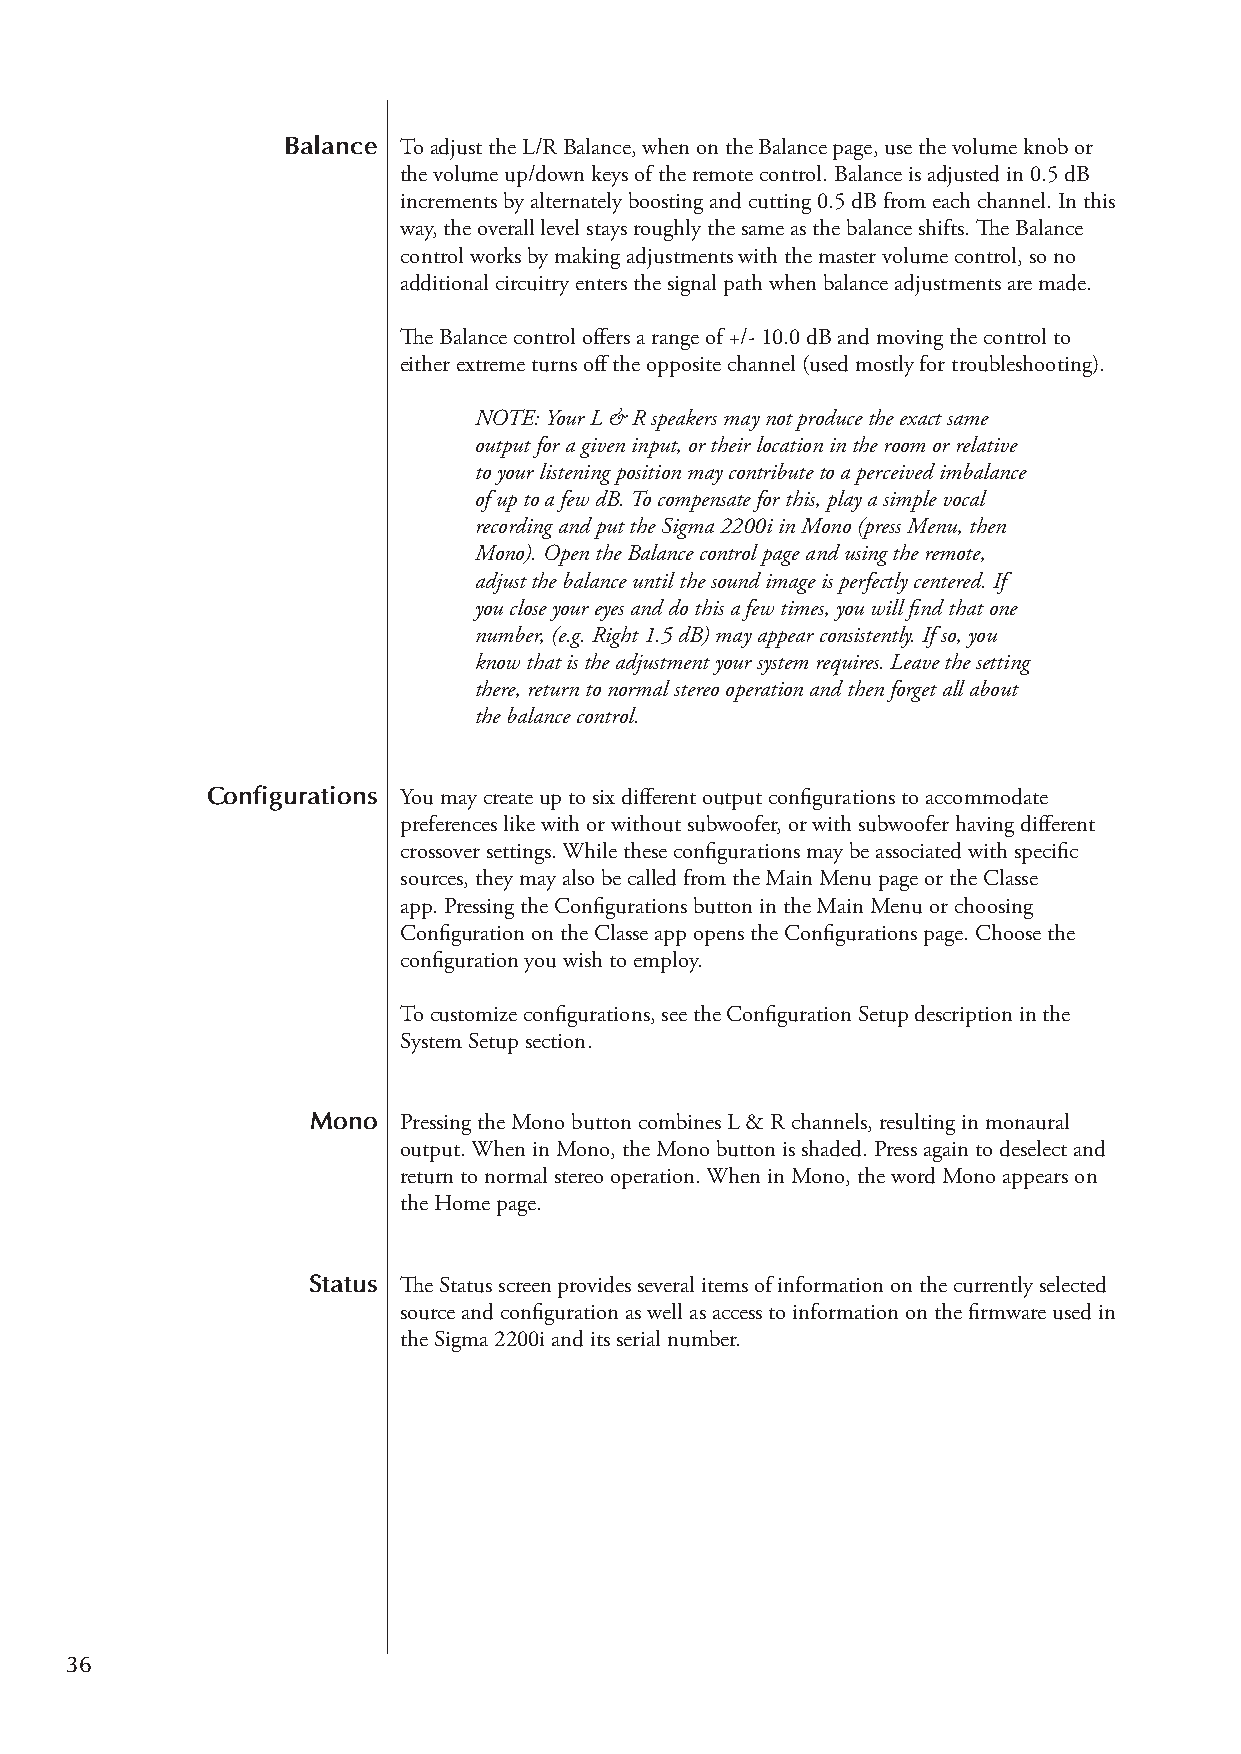
Balance To adjust the L/R Balance, when on the Balance page, use the volume knob or
 the volume up/down keys of the remote control. Balance is adjusted in 0.5 dB
 increments by alternately boosting and cutting 0.5 dB from each channel. In this
 way, the overall level stays roughly the same as the balance shifts. The Balance
 control works by making adjustments with the master volume control, so no
 additional circuitry enters the signal path when balance adjustments are made.
 The Balance control offers a range of +/- 10.0 dB and moving the control to
 either extreme turns off the opposite channel (used mostly for troubleshooting).
 NOTE: Your L & R speakers may not produce the exact same
 output for a given input, or their location in the room or relative
 to your listening position may contribute to a perceived imbalance
 of up to a few dB. To compensate for this, play a simple vocal
 recording and put the Sigma 2200i in Mono (press Menu, then
 Mono). Open the Balance control page and using the remote,
 adjust the balance until the sound image is perfectly centered. If
 you close your eyes and do this a few times, you will find that one
 number, (e.g. Right 1.5 dB) may appear consistently. If so, you
 know that is the adjustment your system requires. Leave the setting
 there, return to normal stereo operation and then forget all about
 the balance control.
 Configurations You may create up to six different output configurations to accommodate
 preferences like with or without subwoofer, or with subwoofer having different
 crossover settings. While these configurations may be associated with specific
 sources, they may also be called from the Main Menu page or the Classe
 app. Pressing the Configurations button in the Main Menu or choosing
 Configuration on the Classe app opens the Configurations page. Choose the
 configuration you wish to employ.
 To customize configurations, see the Configuration Setup description in the
 System Setup section.
 Mono  Pressing the Mono button combines L & R channels, resulting in monaural
 output. When in Mono, the Mono button is shaded. Press again to deselect and
 return to normal stereo operation. When in Mono, the word Mono appears on
 the Home page.
 Status The Status screen provides several items of information on the currently selected
 source and configuration as well as access to information on the firmware used in
 the Sigma 2200i and its serial number.
 36